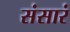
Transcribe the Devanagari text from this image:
संसारं